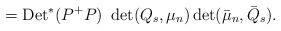
LaTeX: \begin{align*}= {\rm Det}^*(P^+P)~\det(Q_s, \mu_n)\det(\bar \mu_n, \bar Q_s).\end{align*}